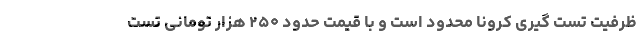
ظرفیت تست گیری کرونا محدود است و با قیمت حدود ۲۵۰ هزار تومانی تست